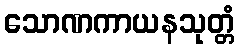
သောဏကာယနသုတ္တံ